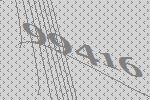
99416